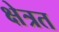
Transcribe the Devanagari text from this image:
क्षेत्रत